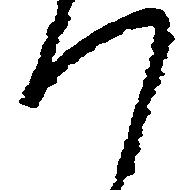
つ